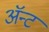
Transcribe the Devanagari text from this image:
ॲन्ट